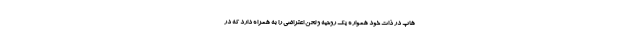
هاپ در ذات خود همواره یک روحیه و لحن اعتراضی را به همراه دارد که در